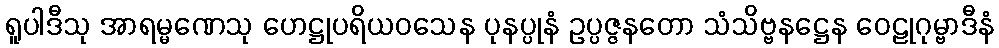
ရူပါဒီသု အာရမ္မဏေသု ဟေဋ္ဌုပရိယဝသေန ပုနပ္ပုနံ ဥပ္ပဇ္ဇနတော သံသိဗ္ဗနဋ္ဌေန ဝေဠုဂုမ္ဗာဒီနံ